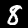
Label: 8